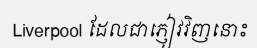
Liverpool ដែលជាភ្ញៀវវិញនោះ